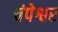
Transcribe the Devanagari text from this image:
चंपेश्वर